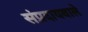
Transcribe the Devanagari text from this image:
संप्रदायवाले